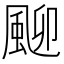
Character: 𩖴